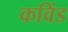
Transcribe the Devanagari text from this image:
कविंड